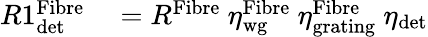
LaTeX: \begin{array}{rl}{R1_{\textrm{det}}^{\textrm{Fibre}}}&{{}=R^{\textrm{Fibre}}\ \eta_{\textrm{wg}}^{\textrm{Fibre}}\ \eta_{\textrm{grating}}^{\textrm{Fibre}}\ \eta_{\textrm{det}}}\end{array}